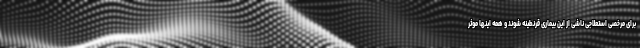
برای مرخصی استعلاجی ناشی از این بیماری قرنطینه شوند و همه اینها موثر